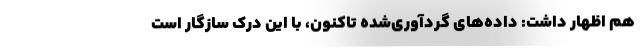
هم اظهار داشت: داده‌های گردآوری‌شده تاکنون، با این درک سازگار است